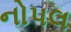
નોપલ